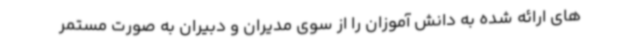
های ارائه شده به دانش آموزان را از سوی مدیران و دبیران به صورت مستمر